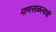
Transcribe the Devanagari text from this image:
माणसाळल्याची